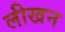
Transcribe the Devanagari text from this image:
लीखन